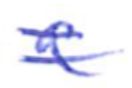
Text: a
Cross-out: double-line
Writing tool: ballpoint